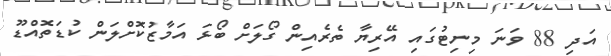
އަދި 88 ވަނަ މިނިޓުގައި އޭރިޔާ ތެރެއިން ގޯލަށް ބޯޅަ އަމާޒުކޮށްލަން ކުޑަތޮއްޑޫ